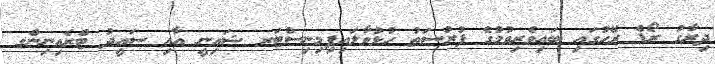
ދިރާގު ރޯޑް ރޭހުގައި ބައިވެރިވުމުގެ ފުރުސަތު ހުޅުވާލައިފިމިނިސްޓަރ ޝައިނީ އާއި ސައީދު ޓްރެއިނިންގ